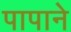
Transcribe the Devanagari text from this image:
पापाने